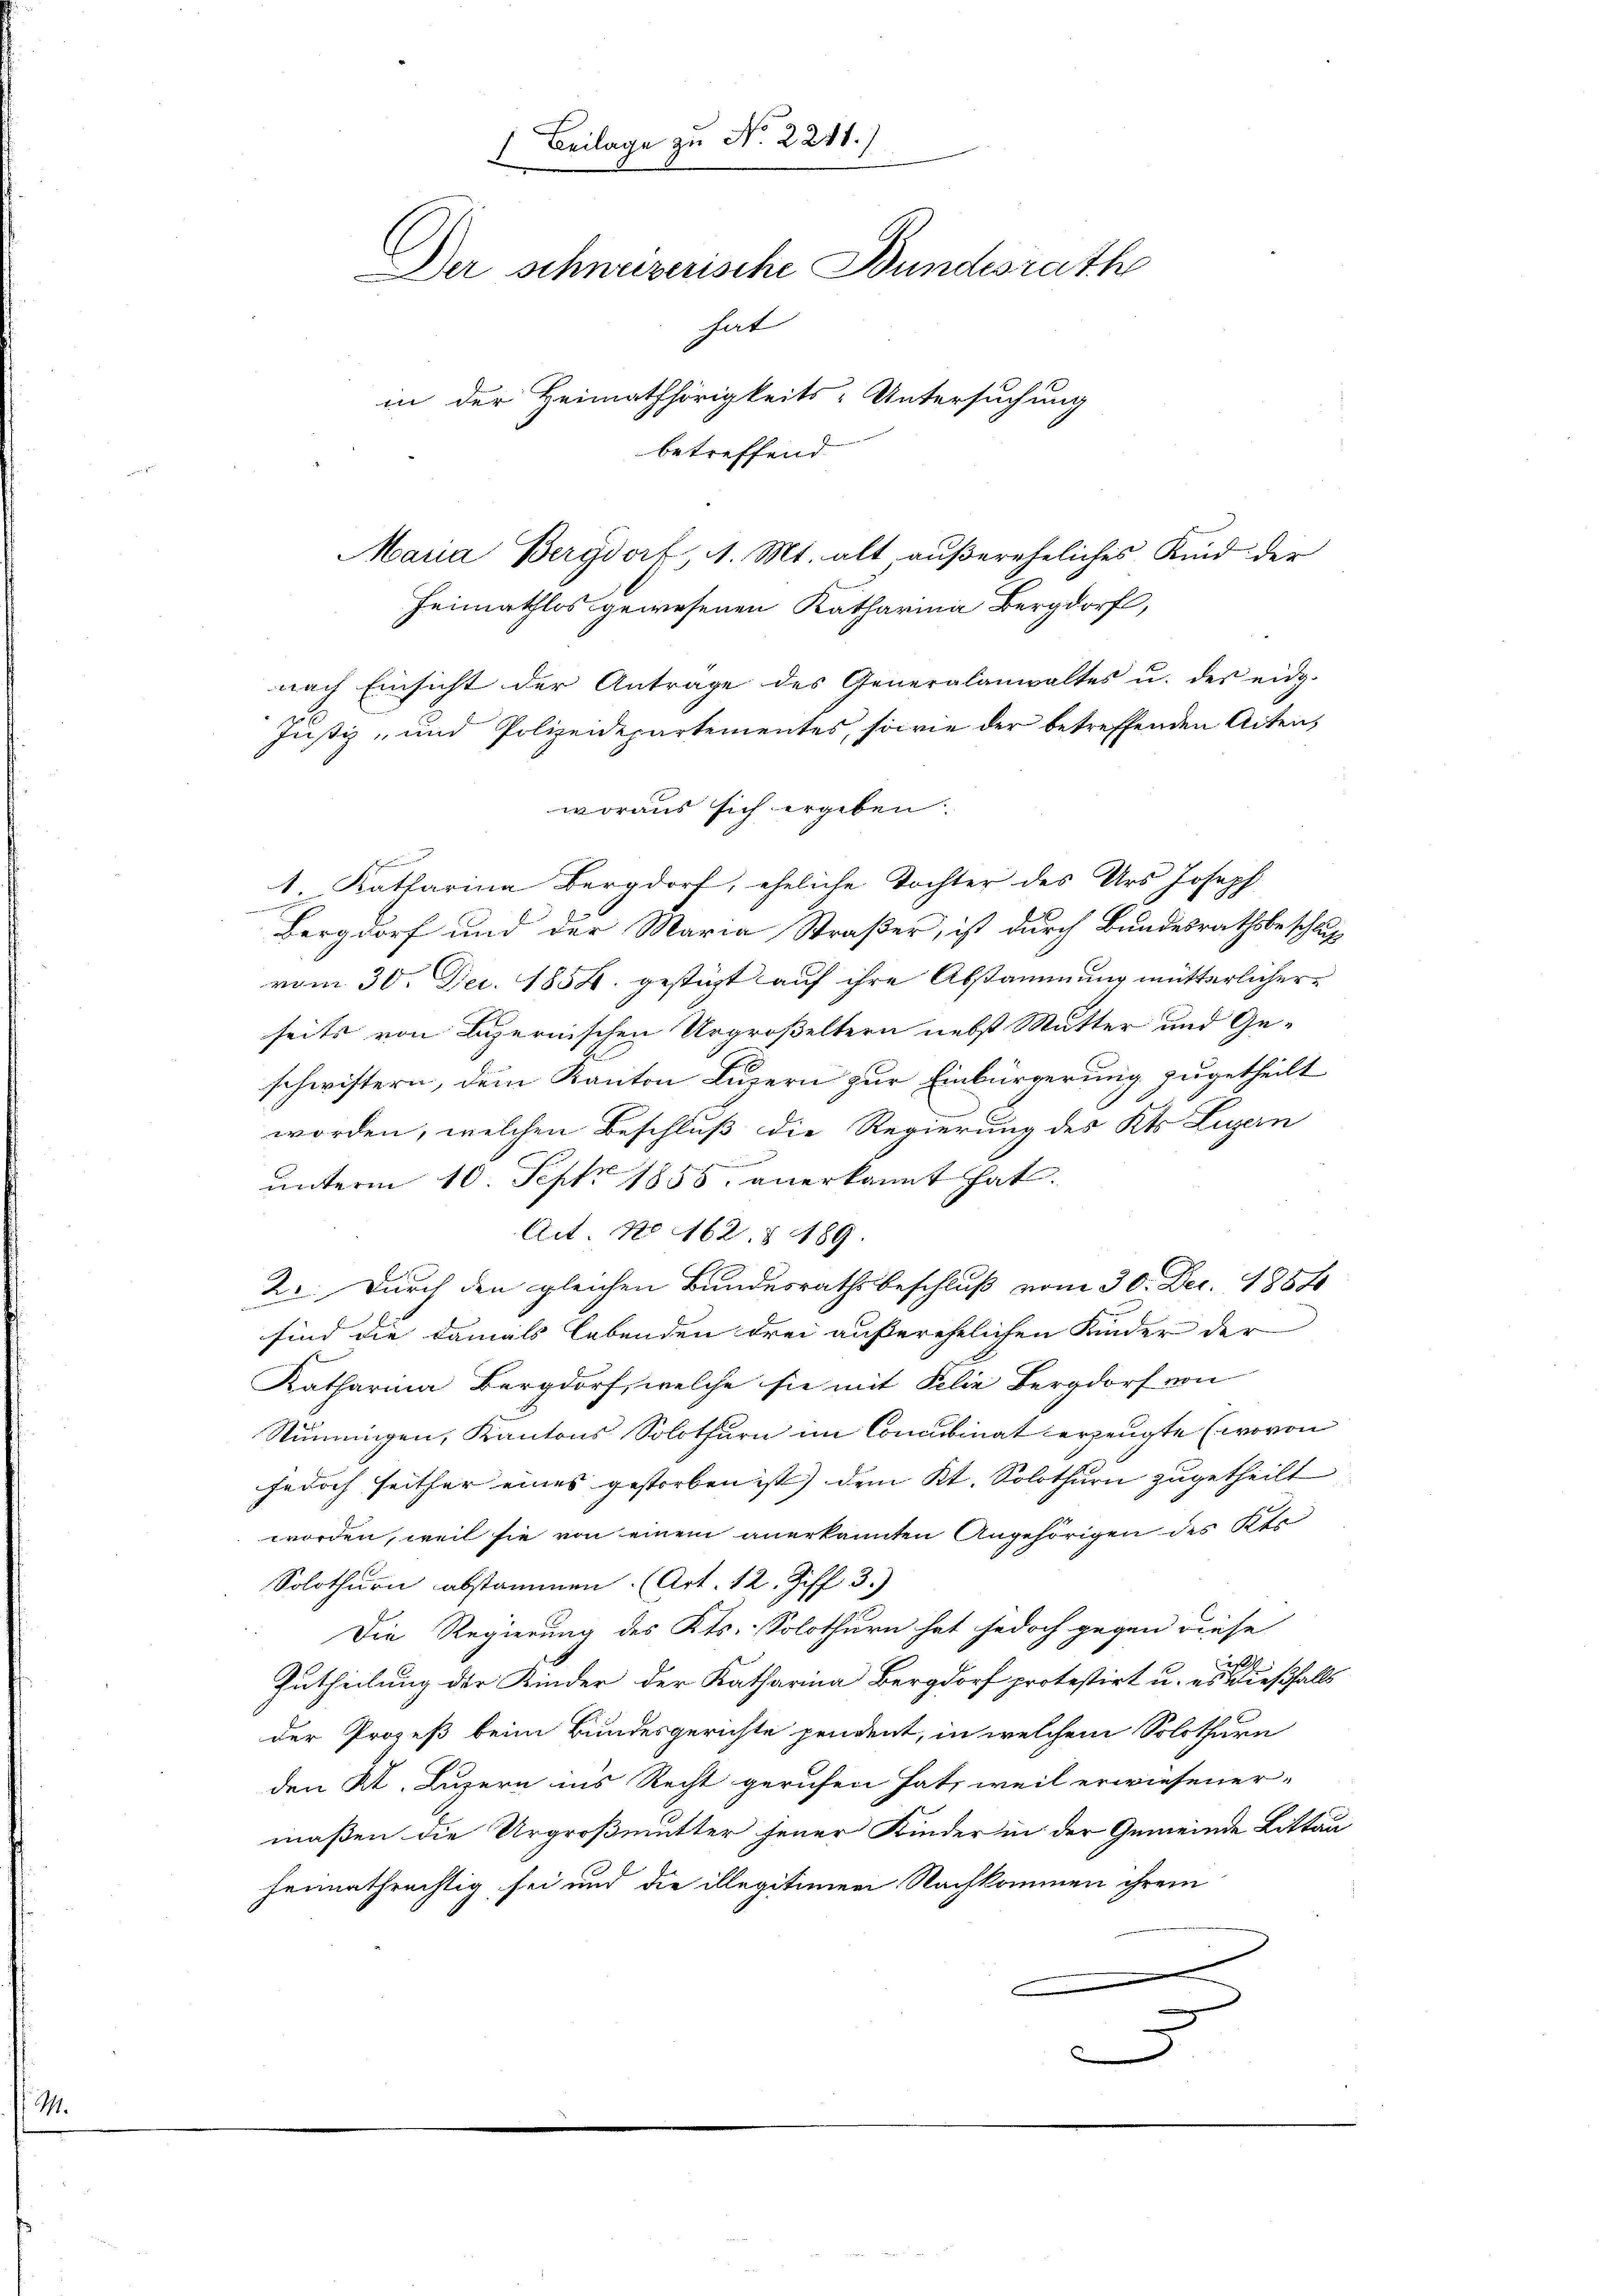
11.

Maria Bergdorf 1. Mt. alt aŭβereheliches Kind der
nach Einsicht der Antrage des Generalanwaltes u. des eidg.
Justiz- und Polizeidepartementes, sowie der betreffenden Acten,
woraus sich ergeben

1. Katharina Bergdorf, eheliche Tochter des Urs Joseph
Bergdorf und der Maria Straßer, ist durch Bundesrathsbeschluß
vom 30. Dec. 1854. gestüzt auf ihre Abstammung mütterlicherseits von Luzernischen Urgroßeltern nebst Mutter und Geschwistern, dem Kanton Luzern zur Einbürgerung zugetheilt
worden, welchen Beschluß die Regierung des Kts. Luzern
f
ŭnterm 10. Sept 1853 anerkannt hat.
Act. No 1162 § 189.
2.. Durch den gleichen Bundesrathsbeschluß vom 30. Dec. 1887
sind die damals lebenden drei außerehelichen Kinder der
Katharina Bergdorf, welche sie mit Filie Bergdorf von
Stimmigen, Kantons Solothurn im Concubinat erzeugte (wovon
jedoch seither eines gestorben ist) dem Kt. Solothurn zugetheilt
worden, weil sie von einem anerkannten Angehörigen des Kts
Solothurn abstammen. (Art. 12. Ziff. 3.)
Die Regierung des Kts. Solothurn hat jedoch gegen diese
Zutheilung der Kinder der Katharina Bergdorf protestirt u. es dießfalls
der Prozeß beim Bundesgerichte pendent, in welchem Solothurn
den Kt. Luzern ins Recht gerufen hat, weil erwiesener-
maßen die Urgroßmutter jener Kinder in der Gemeinde Littau
heimathrechtig sei und die illegitimen Nachkommen ihrem
¬
m

) Beilage zu No 2241.)
Der schweizerische Bundesrath
hat
in der Heimathörigkeits-Untersuchung
betreffend

Heimathlos gewesenen Katharina Bergdorf,